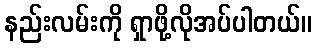
နည်းလမ်းကို ရှာဖို့လိုအပ်ပါတယ်။